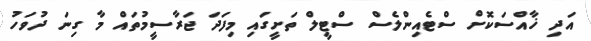
އަދި ޚާއްސަކޮށް ސްޓެއިންލެސް ސްޓީލް ތަށީގައި މިފަދަ ޖަރާސީމުތައް މާ ގިނަ ދުވަހު